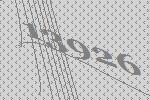
13926